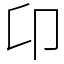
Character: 卬